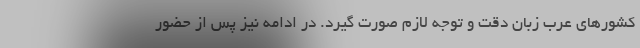
کشورهای عرب زبان دقت و توجه لازم صورت گیرد. در ادامه نیز پس از حضور